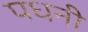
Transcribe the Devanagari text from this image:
पधनी